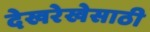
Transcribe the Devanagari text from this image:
देखरेखेसाठी